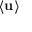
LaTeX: \langle \mathbf { u } \rangle